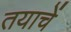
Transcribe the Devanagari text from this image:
तयाचें